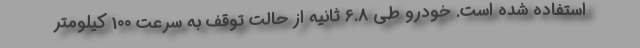
استفاده شده است. خودرو طی 6.8 ثانیه از حالت توقف به سرعت 100 کیلومتر